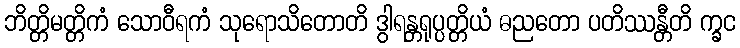
ဘိတ္တိမတ္တိကံ သောဝီရကံ သုရောသိတောတိ ဒွါရန္တရုပ္ပတ္တိယံ ဓညတော ပတိဿန္တီတိ က္ခင